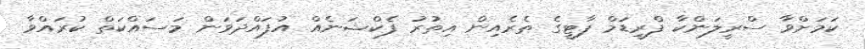
ކަމަށްވާ ސްރީލަންކާ ފްރީޑަމް ޕާޓީގެ ތެރެއިން އިތުރު ފެކްޝަނެއް އުފައްދަވަން މަސައްކަތް ކުރައްވާ